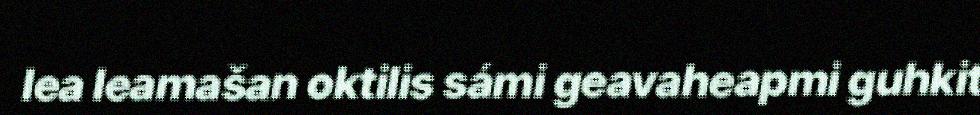
lea leamašan oktilis sámi geavaheapmi guhkit